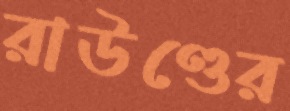
রাউণ্ডের